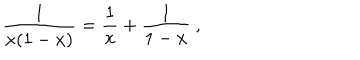
{ \frac { 1 } { x ( 1 - x ) } } = { \frac { 1 } { x } } + { \frac { 1 } { 1 - x } } \ ,